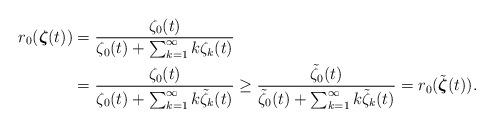
LaTeX: \begin{align*}r_0(\boldsymbol{\zeta}(t)) &= \frac{\zeta_0(t)}{\zeta_0(t) + \sum_{k=1}^\infty k \zeta_k(t)} \\&= \frac{\zeta_0(t)}{\zeta_0(t) + \sum_{k=1}^\infty k {\tilde{\zeta}}_k(t)} \ge \frac{{\tilde{\zeta}}_0(t)}{{\tilde{\zeta}}_0(t) + \sum_{k=1}^\infty k {\tilde{\zeta}}_k(t)} = r_0({\tilde{\boldsymbol{\zeta}}}(t)).\end{align*}